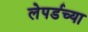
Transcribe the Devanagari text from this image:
लेपर्डच्या